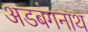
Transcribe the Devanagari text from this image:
अडबंगनाथ